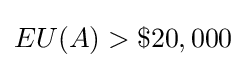
EU(A)>\$20,000